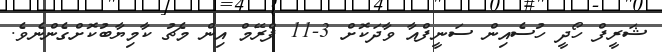
ޝަރީފް ހޯދީ ހުސެއިން ސަނީފްއާ ވާދަކޮށް 3-11 ފްރޭމް އިން މެޗު ކާމިޔާބުކޮށްގެންނެވެ.